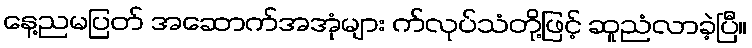
နေ့ညမပြတ် အဆောက်အအုံများ က်လုပ်သံတို့ဖြင့် ဆူညံလာခဲ့ပြီ။